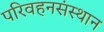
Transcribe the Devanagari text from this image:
परिवहनसंस्थान